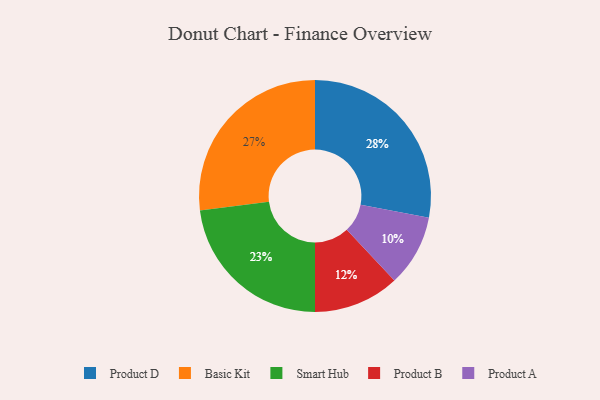
{"axis": {"x": "Category", "y": "Percentage"}, "legend": ["Basic Kit", "Product A", "Product B", "Product D", "Smart Hub"], "data": [{"x": "Product B", "y": 12, "type": "Product B"}, {"x": "Basic Kit", "y": 27, "type": "Basic Kit"}, {"x": "Product A", "y": 10, "type": "Product A"}, {"x": "Smart Hub", "y": 23, "type": "Smart Hub"}, {"x": "Product D", "y": 28, "type": "Product D"}]}